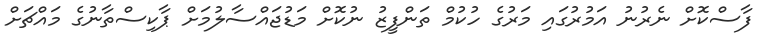
ފާސްކޮށް ނެރުނު އަމުރުގައި މަރުގެ ހުކުމް ތަންފީޒު ނުކޮށް މަޑުޖައްސާލުމަށް ޕާކިސްތާނުގެ މައްޗަށް